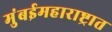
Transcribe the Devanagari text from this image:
मुंबईमहाराष्ट्रात